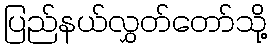
ပြည်နယ်လွှတ်တော်သို့